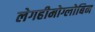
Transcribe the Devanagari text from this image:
लेगहीमोग्लोबिन